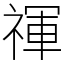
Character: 禈